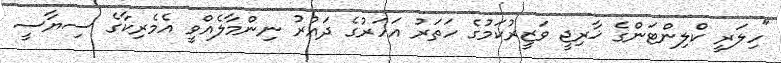
"ހިލަރީ ކްލިންޓަންގެ ޚާރިޖީ ވަޒީރުކަމުގެ ހަތަރު އަހަރުގެ ދައުރު ނިންމާލެއްވީ އެމެރިކާގެ ސިޔާސީ